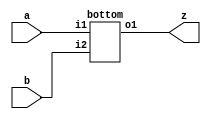
// This program was cloned from: https://github.com/HKUSTGZ-MICS-LYU/FlattenRTL
// License: MIT License

module delimeter_dot (
  input a,
  input b,
  output z) ; 
  bottom inst1(a,b,z); 
endmodule
 
module bottom (
  input i1,
  input i2,
  output o1) ; 
  assign o1=i1&i2; 
endmodule